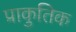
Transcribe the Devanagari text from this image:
प्राकुतिक